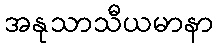
အနုသာသီယမာနာ